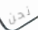
نحن